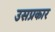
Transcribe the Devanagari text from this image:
उसप्रकार